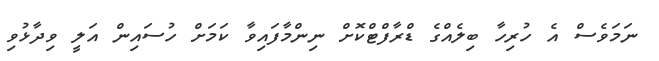
ނަމަވެސް އެ ހުރިހާ ބިލެއްގެ ޑްރާފްޓްކޮށް ނިންމާފައިވާ ކަމަށް ހުސައިން އަލީ ވިދާޅުވި